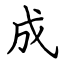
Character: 成